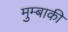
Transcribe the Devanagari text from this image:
मुम्बाकी